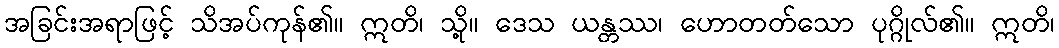
အခြင်းအရာဖြင့် သိအပ်ကုန်၏။ ဣတိ၊ သို့။ ဒေသ ယန္တဿ၊ ဟောတတ်သော ပုဂ္ဂိုလ်၏။ ဣတိ၊